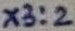
Text: X3:2